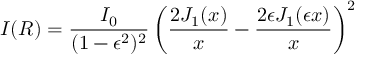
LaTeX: I ( R ) = { \frac { I _ { 0 } } { ( 1 - \epsilon ^ { 2 } ) ^ { 2 } } } \left( { \frac { 2 J _ { 1 } ( x ) } { x } } - { \frac { 2 \epsilon J _ { 1 } ( \epsilon x ) } { x } } \right) ^ { 2 }